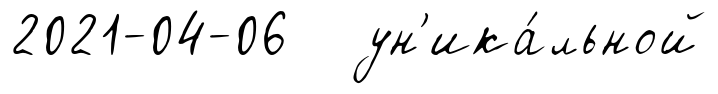
2021-04-06 ун'ика́льной